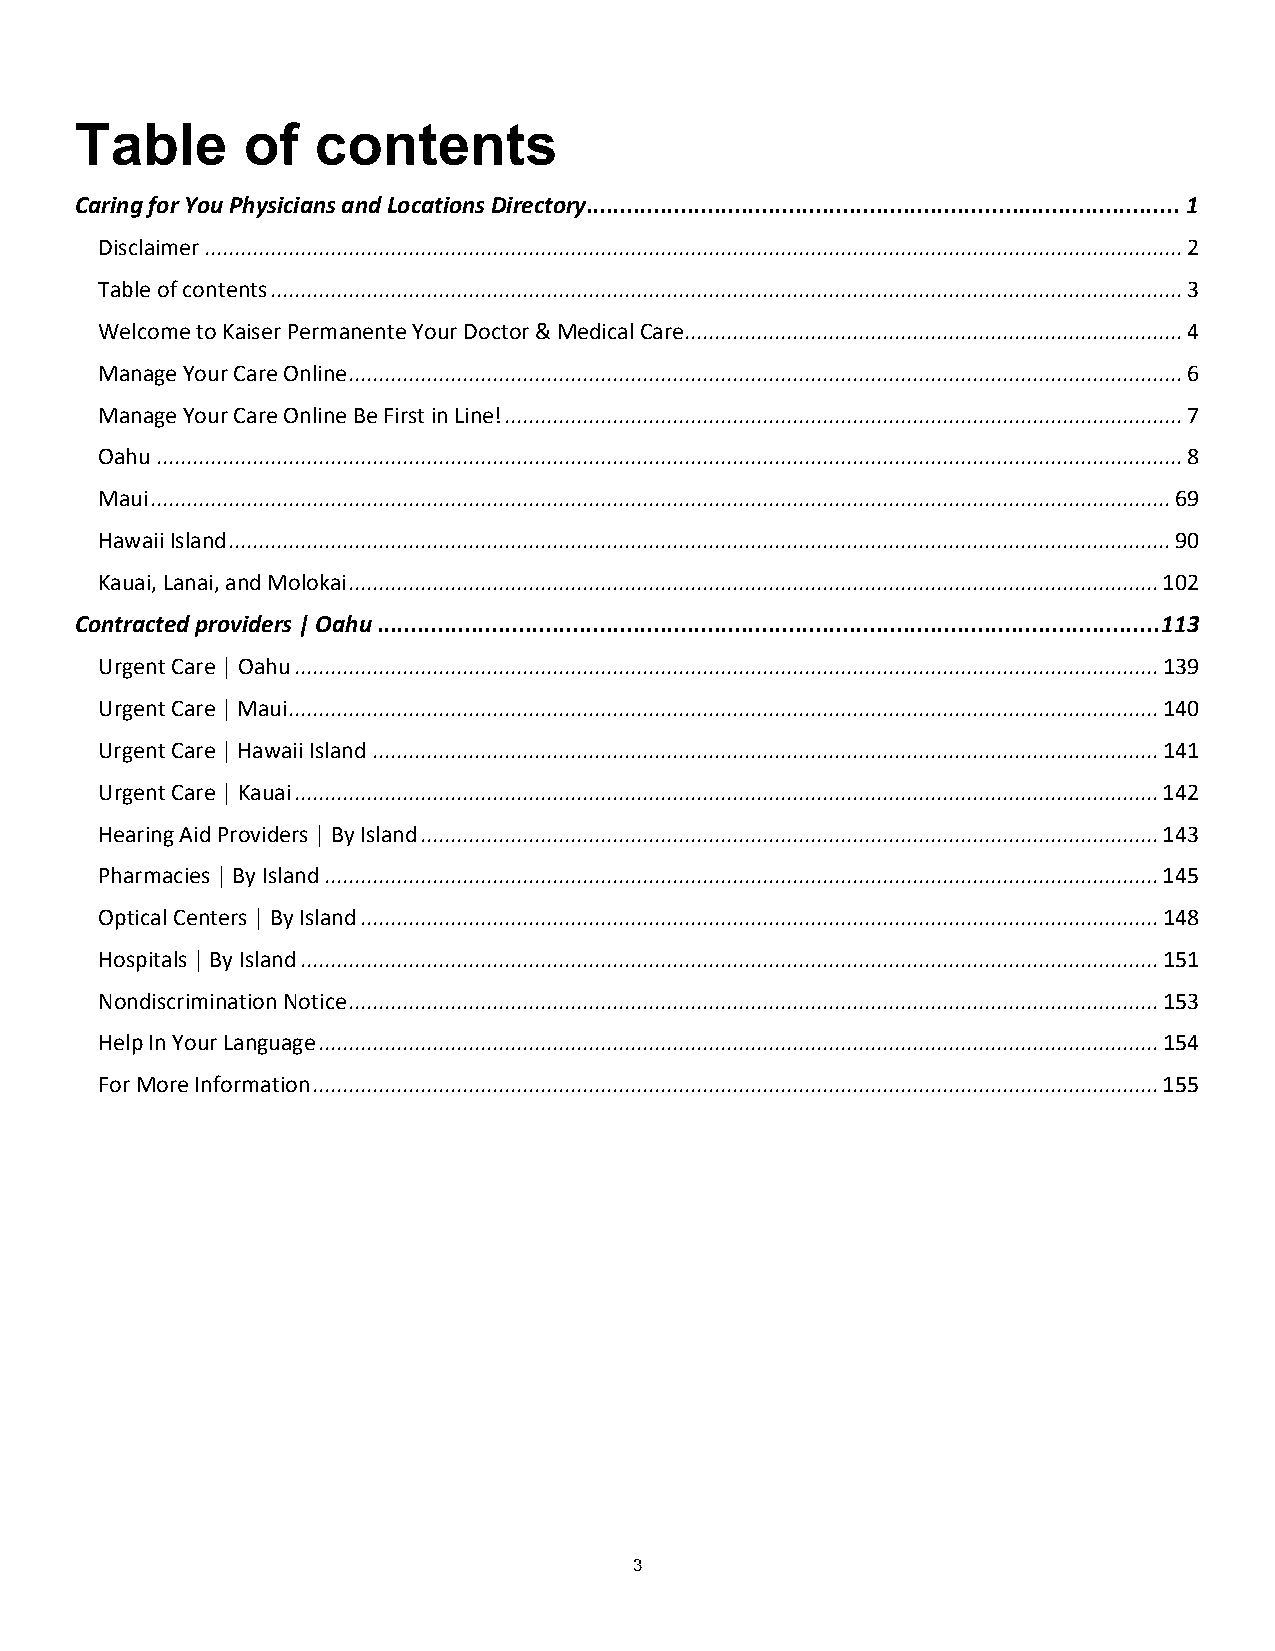
Table      of   contents
 Caring for You Physicians and Locations Directory........................................................................................1
 Disclaimer...................................................................................................................................................................2
 Table of contents........................................................................................................................................................3
 Welcome to Kaiser Permanente Your Doctor & Medical Care...................................................................................4
 Manage Your Care Online...........................................................................................................................................6
 Manage Your Care Online Be First in Line!.................................................................................................................7
 Oahu...........................................................................................................................................................................8
 Maui..........................................................................................................................................................................69
 Hawaii Island.............................................................................................................................................................90
 Kauai, Lanai, and Molokai .......................................................................................................................................102
 Contracted providers | Oahu....................................................................................................................113
 Urgent Care | Oahu................................................................................................................................................139
 Urgent Care | Maui.................................................................................................................................................140
 Urgent Care | Hawaii Island ...................................................................................................................................141
 Urgent Care | Kauai................................................................................................................................................142
 Hearing Aid Providers | By Island ...........................................................................................................................143
 Pharmacies | By Island ...........................................................................................................................................145
 Optical Centers | By Island .....................................................................................................................................148
 Hospitals | By Island ...............................................................................................................................................151
 Nondiscrimination Notice.......................................................................................................................................153
 Help In Your Language............................................................................................................................................154
 For More Information.............................................................................................................................................155
 3